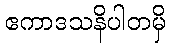
ဧကာဒသနိပါတမှိ